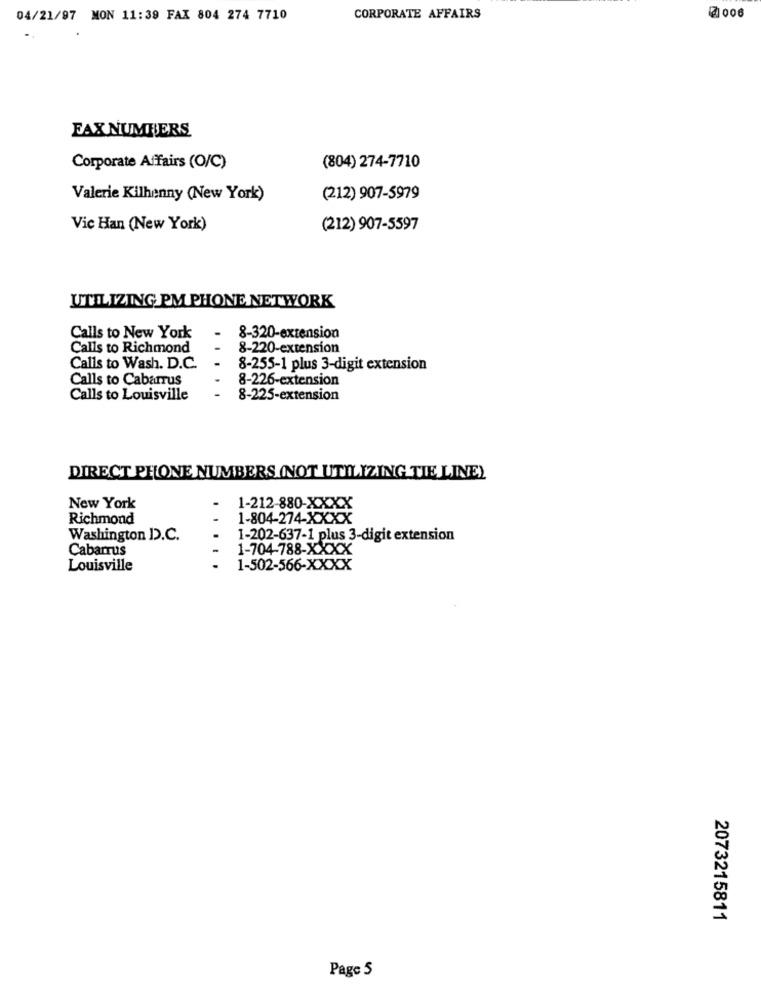
04/21/97 MON 11:39 FAX 804 274 7710
CORPORATE AFFAIRS
2006
FAX NUMBERS
Corporate Affairs (O/C)
(804) 274-7710
Valerie Kilhenny (New York)
(212) 907-5979
Vic Han (New York)
(212) 907-5597
UTILIZING PM PHONE NETWORK
Calls to New York
-
8-320-extension
Calls to Richmond
8-220-extension
Calls to Wash. D.C.
8-255-1 plus 3-digit extension
Calls to Cabarrus
8-226-extension
Calls to Louisville
.
8-225-extension
DIRECT PHONE NUMBERS (NOT UTILIZING TIE LINE)
New York
1-212-880-XXXX
Richmond
1-804-274-XXXX
Washington D.C.
1-202-637-1 plus 3-digit extension
Cabarrus
1-704-788-XXXX
Louisville
1-502-566-XXXX
2073215811
Page 5